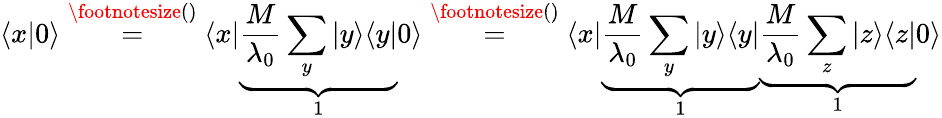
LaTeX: \langle x|0\rangle\overset{\footnotesize()}{=}\langle x|\underbrace{\frac{M}{\lambda_{0}}\sum_{y}|y\rangle\langle y|}_{1}0\rangle\overset{\footnotesize()}{=}\langle x|\underbrace{\frac{M}{\lambda_{0}}\sum_{y}|y\rangle\langle y|}_{1}\underbrace{\frac{M}{\lambda_{0}}\sum_{z}|z\rangle\langle z|}_{1}0\rangle